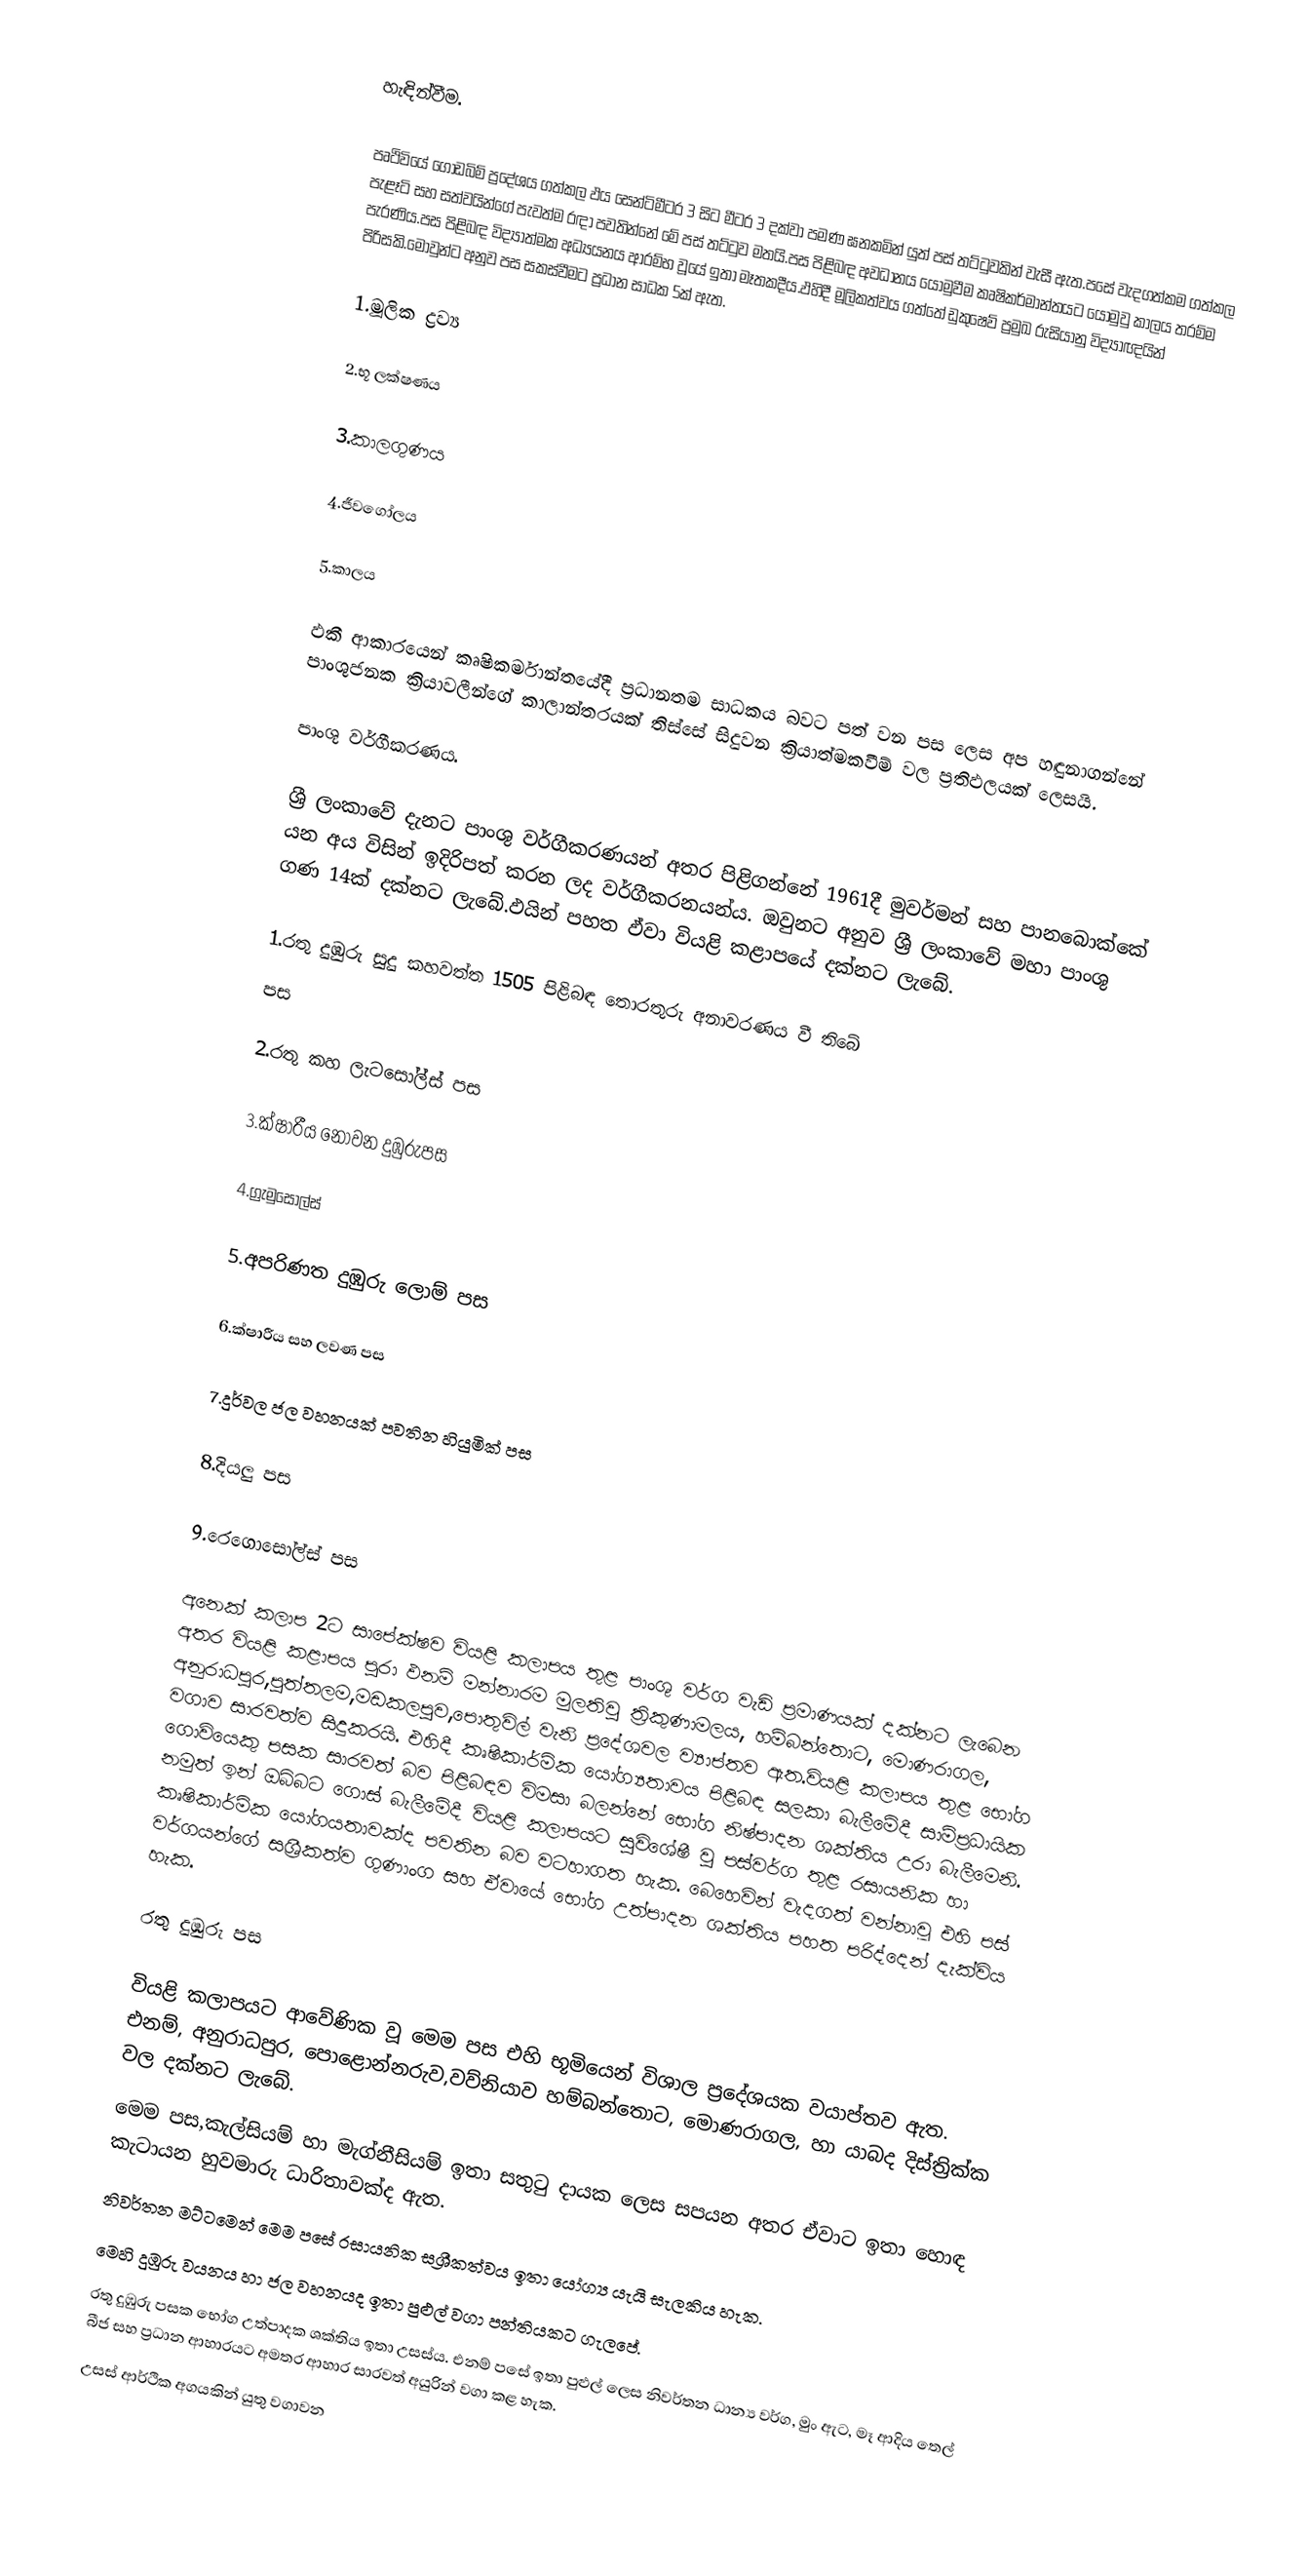
හැඳින්වීම.

පෘථිවියේ  ගොඩබිම් ප්‍රදේශය ගත්කල ඵය සෙන්ටිමීටර 3 සිට මීටර 3 දක්වා පමණ ඝනකමින් යුත් පස් තට්ටුවකින් වැසී ඇත.පසේ වැදගත්කම ගත්කල පැළෑටි සහ සත්වයින්ගේ පැවත්ම රඳා පවතින්නේ මේ පස් තට්ටුව මතයි.පස පිළිබඳ අවධානය යොමුවීම කෘෂිකර්මාන්තයට යොමුවු කාලය තරම්ම පැරණිය.පස පිළිබඳ විද්‍යාත්මක අධ්‍යයනය ආරම්භ වූයේ ඉතා මෑතකදීය.ඵහිදී මූලිකත්වය ගත්තේ ඩුකුෂෙව් ප්‍රමුඛ රුසියානු විද්‍යාඥයින් පිරිසකි.මොවුන්ට අනුව පස සකස්වීමට ප්‍රධාන සාධක 5ක් ඇත.

1.මූලික ද්‍රව්‍ය

2.භූ ලක්ෂණය

3.කාලගුණය

4.ජීවගෝලය

5.කාලය

ඵකී ආකාරයෙන් කෘෂිකර්මාන්තයේදී ප්‍රධානතම සාධකය බවට පත් වන පස ලෙස අප හඳුනාගන්නේ පාංශුජනක ක්‍රියාවලීන්ගේ කාලාන්තරයක් තිස්සේ සිදුවන ක්‍රියාත්මකවීම් වල ප්‍රතිඵලයක් ලෙසයි.

පාංශු වර්ගීකරණය.

ශ්‍රී ලංකාවේ දැනට පාංශු වර්ගීකරණයන් අතර පිළිගන්නේ 1961දී මුවර්මන් සහ පානබොක්කේ යන අය විසින් ඉදිරිපත් කරන ලද වර්ගීකරනයන්ය. ඔවුනට අනුව ශ්‍රී ලංකාවේ මහා පාංශු ගණ 14ක් දක්නට ලැබේ.ඵයින් පහත ඵ්වා වියළි කළාපයේ දක්නට  ලැබේ.

1.රතු දුඹුරු සුදු කහවත්ත 1505 පිළිබඳ තොරතුරු අනාවරණය වී තිබේ
පස

2.රතු කහ ලැටසෝල්ස් පස

3.ක්ෂාරීය නොවන දුඹුරුපස

4.ග්‍රැමුසෝල්ස්

5.අපරිණත දුඹුරු ලොම් පස

6.ක්ෂාරීය සහ ලවණ පස

7.දුර්වල ජල වහනයක් පවතින හියුමික් පස

8.දියලු පස

9.රෙගොසෝල්ස් පස

අනෙක් කලාප 2ට සාපේක්ෂව වියළි කලාපය තුළ පාංශු වර්ග වැඩි ප්‍රමාණයක් දක්නට ලැබෙන අතර වියළි කළාපය පුරා ඵනම් මන්නාරම මුලතිවු ත්‍රිකුණාමලය, හම්බන්තොට, මොණරාගල, අනුරාධපුර,පුත්තලම,මඩකලපුව,පොතුවිල් වැනි ප්‍රදේශවල ව්‍යාප්තව ඇත.වියළි කලාපය තුළ භෝග වගාව සාරවත්ව සිදුකරයි. එහිදී කෘෂිකාර්මික යෝග්‍යතාවය පිළිබඳ සලකා බැලීමේදී සාම්ප්‍රධායික ගොවියෙකු පසක සාරවත් බව පිළිබඳව විමසා බලන්නේ භෝග නිෂ්පාදන ශක්තිය උරා බැලීමෙනි. නමුත් ඉන් ඔබ්බට ගොස් බැලීමේදී වියළි කලාපයට සුවිශේෂී වු පස්වර්ග තුළ රසායනික හා කෘෂිකාර්මික යෝගයතාවක්ද පවතින බව වටහාගත හැක. බෙහෙවින් වැදගත් වන්නාවූ එහි පස් වර්ගයන්ගේ සශ්‍රීකත්ව ගුණාංග සහ ඒවායේ භෝග උත්පාදන ශක්තිය පහත පරිද්දෙන් දැක්විය හැක.

රතු දුඹුරු පස

වියළි කලාපයට ආවේණික වූ මෙම පස එහි භූමියෙන් විශාල ප්‍රදේශයක වයාප්තව ඇත. එනම්, අනුරාධපුර, පොළොන්නරුව,වව්නියාව හම්බන්තොට, මොණරාගල, හා යාබද දිස්ත්‍රික්ක වල දක්නට ලැබේ.
මෙම පස,කැල්සියම් හා මැග්නීසියම් ඉතා සතුටු දායක ලෙස සපයන අතර ඒවාට ඉතා හොඳ කැටායන හුවමාරු  ධාරිතාවක්ද ඇත.
නිවර්තන මට්ටමෙන් මෙම පසේ රසායනික සශ්‍රීකත්වය  ඉතා යෝග්‍ය යැයි සැලකිය හැක.
මෙහි දුඹුරු වයනය හා ජල වහනයද ඉතා පුළුල් වගා පන්තියකට ගැලපේ.
රතු දුඹුරු පසක භෝග උත්පාදක ශක්තිය ඉතා උසස්ය. එනම් පසේ ඉතා පුළුල් ලෙස  නිවර්තන ධාන්‍ය වර්ග, මුං ඇට, මෑ ආදිය තෙල් බීජ සහ ප්‍රධාන ආහාරයට අමතර ආහාර  සාරවත් අයුරින් වගා කළ හැක.
උසස් ආර්ථික අගයකින් යුතු වගාවන